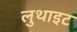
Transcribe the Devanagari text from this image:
लुथाइट